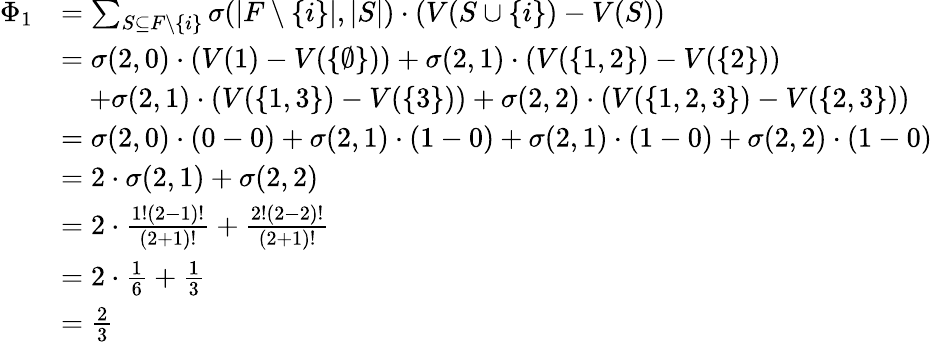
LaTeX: \begin{array}{rl}{\Phi_{1}}&{=\sum_{S\subseteq F\setminus\{ i\} }\sigma(\lvert F\setminus\{ i\} \rvert,\lvert S\rvert)\cdot(V(S\cup\{ i\} )-V(S))}\\ &{=\sigma(2,0)\cdot(V(1)-V(\{ \emptyset\} ))+\sigma(2,1)\cdot(V(\{ 1,2\} )-V(\{ 2\} ))}\\ &{\quad+\sigma(2,1)\cdot(V(\{ 1,3\} )-V(\{ 3\} ))+\sigma(2,2)\cdot(V(\{ 1,2,3\} )-V(\{ 2,3\} ))}\\ &{=\sigma(2,0)\cdot(0-0)+\sigma(2,1)\cdot(1-0)+\sigma(2,1)\cdot(1-0)+\sigma(2,2)\cdot(1-0)}\\ &{=2\cdot\sigma(2,1)+\sigma(2,2)}\\ &{=2\cdot\frac{1!(2-1)!}{(2+1)!}+\frac{2!(2-2)!}{(2+1)!}}\\ &{=2\cdot\frac{1}{6}+\frac{1}{3}}\\ &{=\frac{2}{3}}\end{array}